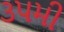
૩૫મી